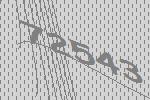
72543